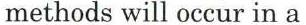
methods will occur in a